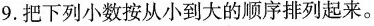
9. 把下列小数按从小到大的顺序排列起来。